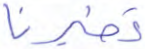
تطيرنا